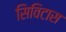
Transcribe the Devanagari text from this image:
सिविटास